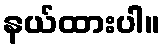
နယ်ထားပါ။